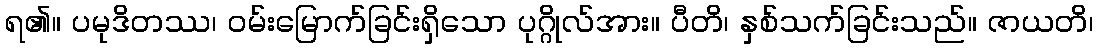
ရ၏။ ပမုဒိတဿ၊ ဝမ်းမြောက်ခြင်းရှိသော ပုဂ္ဂိုလ်အား။ ပီတိ၊ နှစ်သက်ခြင်းသည်။ ဇာယတိ၊